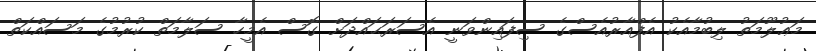
މަޢުލޫމަތު ލިބުމާއެކު އެފްއާރުއެސްގެ ސިފައިންވަނީ އެސަރަޙަައްދަށް ގޮސް އެމީހާ ސަލާމަތް ކުރުމުގެ މަސައްކަތް